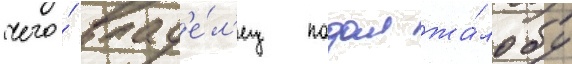
чего́ влад'е́л'ец подал жа́лобу